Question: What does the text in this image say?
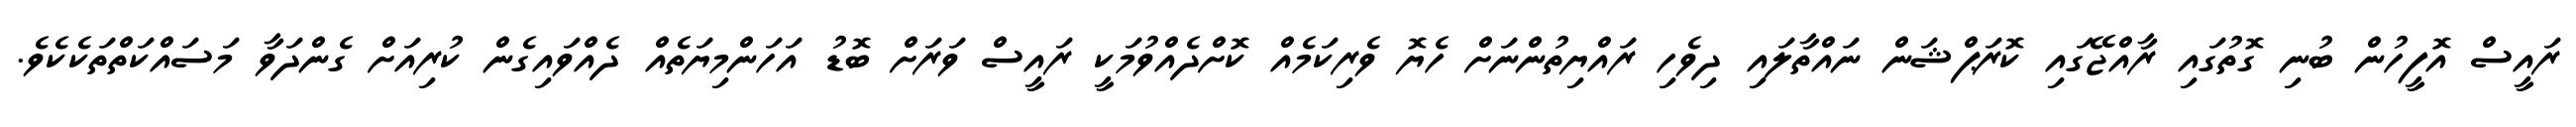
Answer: ރައީސް އޮފީހުން ބުނި ގޮތުގައި ރާއްޖޭގައި ކޮރަޕްޝަން ނައްތާލައި ދިވެހި ރައްޔިތުންނަށް ހެޔޮ ވެރިކަމެއް ކޮށްދެއްވުމަކީ ރައީސް ވަރަށް ބޮޑު އަހަންމިޔަތެއް ދެއްވައިގެން ކުރިއަށް ގެންދަވާ މަސައްކަތްތަކެކެވެ.